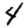
Digit: 4